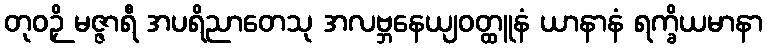
တုဝဉှိ မဇ္ဇာရီ အပရိညာတေသု အလဗ္ဘနေယျဝတ္ထူနံ ယာနာနံ ရက္ခိယမာနာ